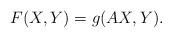
LaTeX: \begin{align*}F(X,Y) = g(AX,Y).\end{align*}